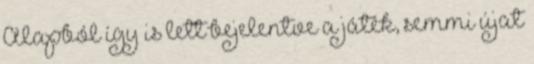
Alapból így is lett bejelentve a játék, semmi újat